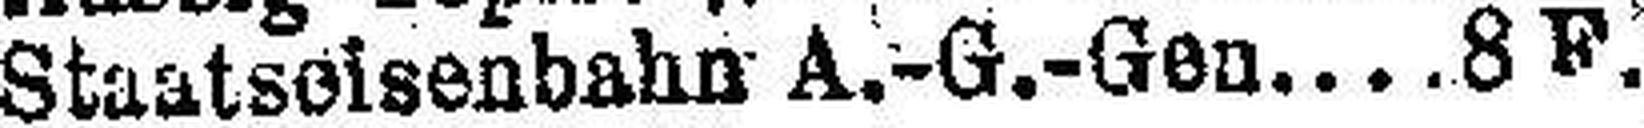
Staatseisenbahn A.-G.-Gen 8 F.